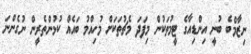
ނިޒާމްބެ ބުނީ އިންޑިއާގެ ޓީމުތަކުން މިފަދަ މެޗުތަކަށް މުހިއްމު ބައެއް ކުޅުންތެރީން ނުގެންނަ